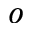
_ { o }